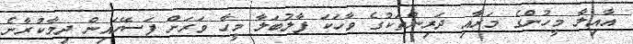
އާއިލާ މީހުންގެ މަރާއި ދަރިންތަކުގެ ވާހަކަ ފާލުބަލާ މީހާ ވަރަށް ފަސޭހައިން ދިމާކުރާނެ